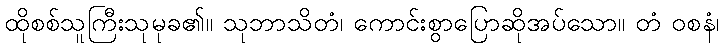
ထိုစစ်သူကြီးသုမုခ၏။ သုဘာသိတံ၊ ကောင်းစွာပြောဆိုအပ်သော။ တံ ဝစနံ၊